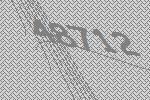
48712